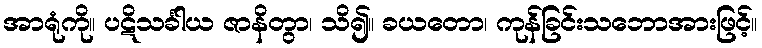
အာရုံကို။ ပဋိသင်္ခါယ ဇာနိတွာ၊ သိ၍။ ခယတော၊ ကုန်ခြင်းသဘောအားဖြင့်။